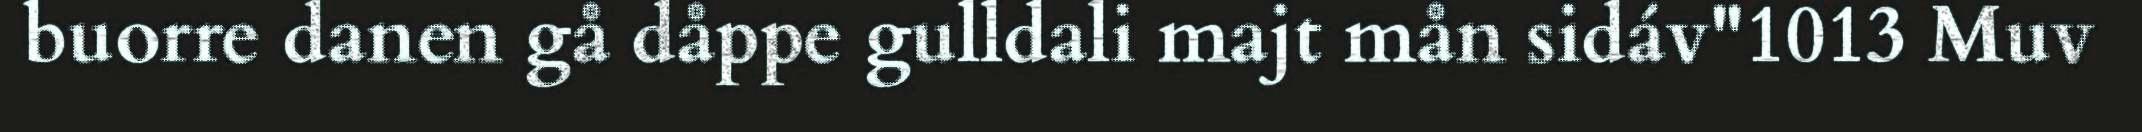
buorre danen gå dåppe gulldali majt mån sidáv"1013 Muv